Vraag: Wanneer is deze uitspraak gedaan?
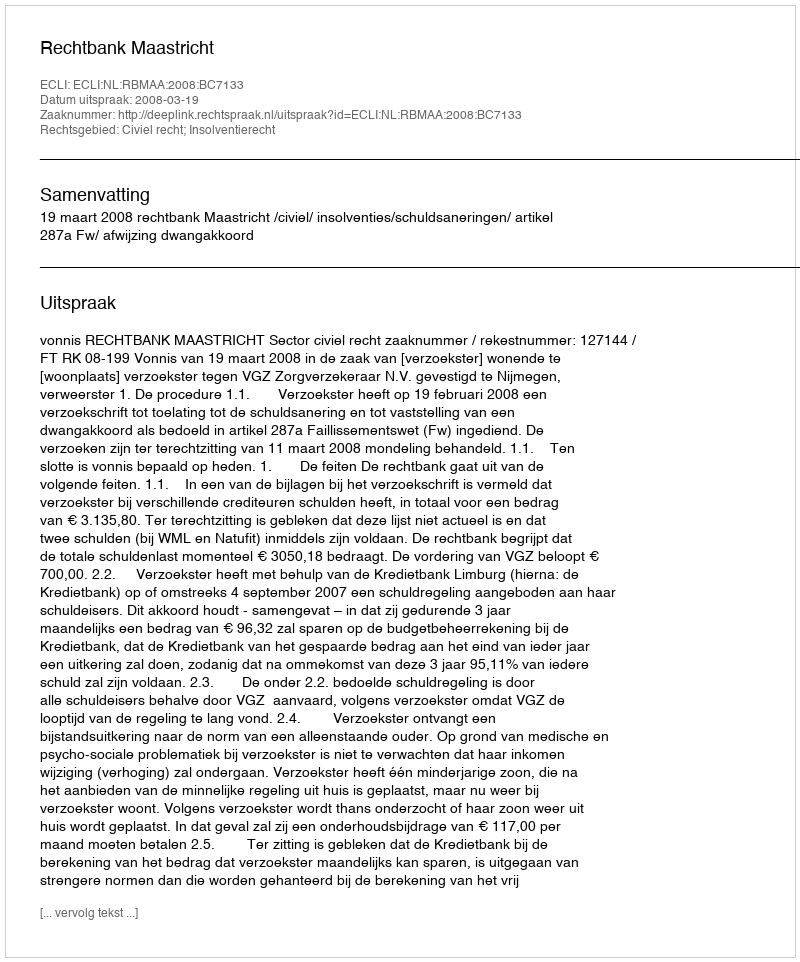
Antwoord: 2008-03-19